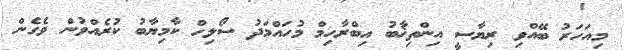
މިއަހަރު ބޭއްވި ރިޔާސީ އިންތިޚާބު އިބްރާހިމް މުހައްމަދު ސޯލިހް ކާމިޔާބު ކުރެއްވުން ވެގެން